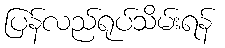
ပြန်လည်ရုပ်သိမ်းရန်